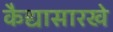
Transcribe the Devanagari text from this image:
कैद्यासारखे